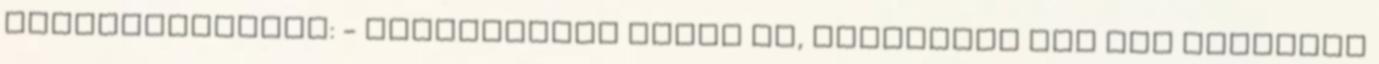
morfondírozott: - Aggodalomra semmi ok, évezredek óta így történik